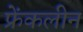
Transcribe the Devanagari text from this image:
फ्रेंकलीन